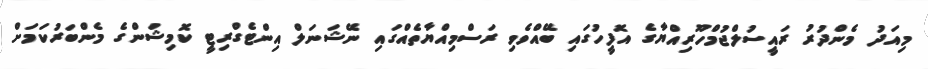
މިއަދު މެންދުރު ރައީސުލްޖުމްހޫރިއްޔާގެ އޮފީހުގައި ބޭއްވެވި ރަސްމިއްޔާތެއްގައި ނޭޝަނަލް އިންޓެގްރިޓީ ކޮމިޝަންގެ މެންބަރުކަމަށް